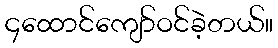
၄ထောင်ကျော်ဝင်ခဲ့တယ်။